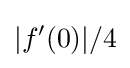
|f'(0)|/4